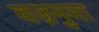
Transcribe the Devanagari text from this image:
वज्रनुमा